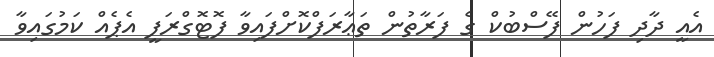
އެއީ ދާދި ފަހުން ފޭސްބުކް ގެ ފަރާތުން ތަޢާރަފްކޮށްފައިވާ ފޮޓޮގްރަފީ އެޕެއް ކަމުގައިވާ